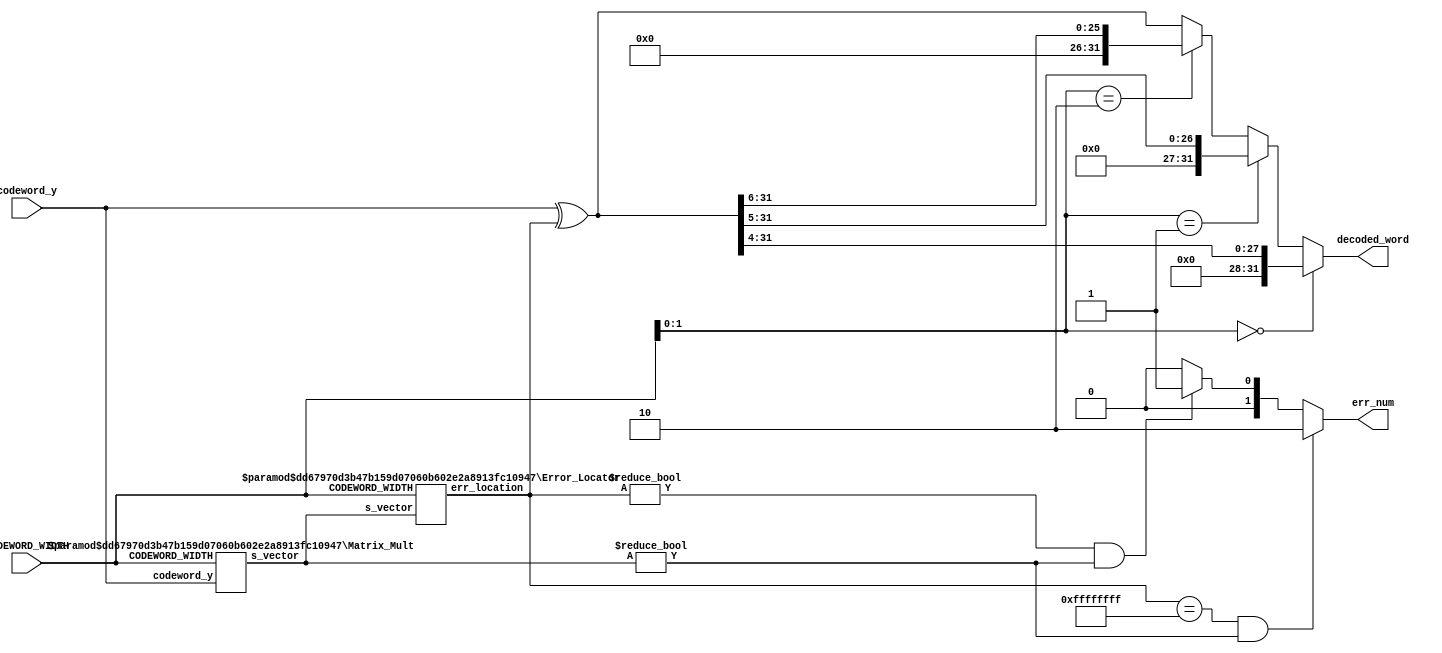
//
// Created:
//          by - OR DAHAN & YOSSI BODEK
//
// time scaling for simulations
//
//this block recives a an encoded word and finds out how many errors it has and also sends out the decoded data meaning the original word sent

`resetall
`timescale 1ns/10ps
module DECODER
#(
parameter DATA_WIDTH = 32,
parameter AMBA_WORD = 32
) 
(
input  wire [DATA_WIDTH - 1 :0] codeword_y, // the word to multiply by the matrix
input wire [AMBA_WORD-1:0] CODEWORD_WIDTH,
output reg [1 :0]err_num,     // number of errors
output reg [DATA_WIDTH - 1 :0] decoded_word // the decoded word with zeros til DATA_SIZE
);    
// Internal Wires
wire [DATA_WIDTH -1:0] s_vector; // the result of the matrix multiplaction 
wire [DATA_WIDTH -1:0] err_location; // 1 where the error is located
wire [DATA_WIDTH -1:0] i_decoded_word; // internal wire for the decoded word
//instances
Matrix_Mult  #(.DATA_WIDTH(DATA_WIDTH),.AMBA_WORD(AMBA_WORD)) MM //returns the s vector
(
.CODEWORD_WIDTH(CODEWORD_WIDTH),
.codeword_y (codeword_y), 
.s_vector (s_vector) 
);
Error_Locator  #(.DATA_WIDTH(DATA_WIDTH),.AMBA_WORD(AMBA_WORD)) EL //returns the error location
(
.CODEWORD_WIDTH(CODEWORD_WIDTH),
.s_vector (s_vector), 
.err_location (err_location) 
);
// fixing the error found in encoded word
assign i_decoded_word = codeword_y^err_location;
// padding with zeros the decoded word and assigning the correct decoded word
always @(*) begin:decodedwordlabel
  if (CODEWORD_WIDTH[1:0] == 2'b00)
  decoded_word={4'b0000,i_decoded_word[DATA_WIDTH-1:4]};
  else if (CODEWORD_WIDTH[1:0] == 2'b01)
  decoded_word={5'b00000,i_decoded_word[DATA_WIDTH-1:5]};
  else if (CODEWORD_WIDTH[1:0] == 2'b10)
  decoded_word={6'b000000,i_decoded_word[DATA_WIDTH-1:6]};
  else 
  decoded_word=i_decoded_word; 
end

// num of error detection
always @(*) begin : err_number
  if(err_location ==32'b11111111111111111111111111111111 && s_vector!=0)  //TWO ERRORS
  err_num = 2'b10;
  else if(err_location !=0 && s_vector!=0)  //ONE ERROR
  err_num = 2'b01;
  else                                     // NO ERROR
  err_num = 2'b00;
end

endmodule



//-------------------------------------------------------------------------------
//Matrix Multiplayer to get the s vector
module Matrix_Mult
#(
parameter DATA_WIDTH = 32,
parameter AMBA_WORD = 32
)                
(
input wire [AMBA_WORD-1:0] CODEWORD_WIDTH,
input  wire [DATA_WIDTH - 1 :0]codeword_y, // the word to multiply by the matrix
output reg [DATA_WIDTH -1:0]s_vector // the s vector after matrix multiplication
);
// define the matrices
parameter  [7:0]H1_0 = 8'b11111111 ; // H1 matrix for the size of info 4 bit
parameter  [7:0]H1_1 = 8'b11100100 ; // second line
parameter  [7:0]H1_2 = 8'b11010010 ; // third line
parameter  [7:0]H1_3 = 8'b10110001 ; // etc

parameter  [15:0]H2_0 = 16'b1111111111111111 ; // H2 matrix for the size of info 11 bit
parameter  [15:0]H2_1 = 16'b1111111000001000 ;  
parameter  [15:0]H2_2 = 16'b1111000111000100 ; 
parameter  [15:0]H2_3 = 16'b1100110110100010 ; 
parameter  [15:0]H2_4 = 16'b1010101101100001 ; 

parameter  [31:0]H3_0 = 32'b11111111111111111111111111111111 ;  // H3 matrix for the size of info 26 bit
parameter  [31:0]H3_1 = 32'b11111111111111100000000000010000 ;
parameter  [31:0]H3_2 = 32'b11111111000000011111110000001000 ;
parameter  [31:0]H3_3 = 32'b11110000111100011110001110000100 ; 
parameter  [31:0]H3_4 = 32'b11001100110011011001101101000010 ; 
parameter  [31:0]H3_5 = 32'b10101010101010110101011011000001 ;   
// Internal Wires
wire [3:0] s_vector_1; // the s vector for 4 bit info wave
wire [4:0] s_vector_2; // for 11 bit info wave
wire [5:0] s_vector_3; // for 26 bit info wave
//  assignd the s vector  
generate // we use generate to create less hardwate
  // and is like doing multiplcation and xor is like adding or substractin betwwen the diffrenet results
        assign s_vector_1[3] = ^(codeword_y & H1_0);  // s vector for Data width 32,16,8
        assign s_vector_1[2] = ^(codeword_y & H1_1);
        assign s_vector_1[1] = ^(codeword_y & H1_2);
        assign s_vector_1[0] = ^(codeword_y & H1_3); 
    if (DATA_WIDTH==16 || DATA_WIDTH==32) begin       // s vector for Data width 32,16
        assign s_vector_2[4] = ^(codeword_y & H2_0);
        assign s_vector_2[3] = ^(codeword_y & H2_1);
        assign s_vector_2[2] = ^(codeword_y & H2_2);
        assign s_vector_2[1] = ^(codeword_y & H2_3);
        assign s_vector_2[0] = ^(codeword_y & H2_4);
    end
     if (DATA_WIDTH == 32) begin                      // s vector for Data width 32
        assign s_vector_3[5] = ^(codeword_y & H3_0);
        assign s_vector_3[4] = ^(codeword_y & H3_1);
        assign s_vector_3[3] = ^(codeword_y & H3_2);
        assign s_vector_3[2] = ^(codeword_y & H3_3);
        assign s_vector_3[1] = ^(codeword_y & H3_4);
        assign s_vector_3[0] = ^(codeword_y & H3_5);
    end   
endgenerate
// zero padding s vector
always@(*) begin :labelfornoreason
        if (DATA_WIDTH == 8)
        s_vector = {4'b0,s_vector_1};       
      else if (DATA_WIDTH == 16)
      begin 
        if (CODEWORD_WIDTH == 'd0) 
        s_vector = {12'b0,s_vector_1};  //padding with 0 till 16 bits
        else
        s_vector = {11'b0,s_vector_2};  
      end    
      else if (DATA_WIDTH == 32) 
      begin    //padding with 0 till 32 bits
      if (CODEWORD_WIDTH == 'd0) 
        s_vector = {28'b0,s_vector_1};
      else if (CODEWORD_WIDTH == 'd1) 
        s_vector = {27'b0,s_vector_2};
      else
        s_vector = {26'b0,s_vector_3};  
      end
  end
endmodule
//--------------------------------------------------------------------------------------------------------------
//Error locator module
module Error_Locator
#(
parameter DATA_WIDTH = 32,
parameter AMBA_WORD = 32
)
(
input wire [AMBA_WORD-1:0] CODEWORD_WIDTH,
input wire [DATA_WIDTH-1:0]s_vector, // the s vector after matrix multiplication
output reg [DATA_WIDTH -1:0] err_location // a vector that has 1 on the location of the error if there is not error its 0 if there is more that one error its x
);
//needs only 2 zero padding param because on the third we dont need to pad
localparam [DATA_WIDTH -1-8:0]zeropad ='b0;
localparam [DATA_WIDTH -1-16:0] zeropad2='b0;


always @(*) begin: Decoding_location
  if(CODEWORD_WIDTH[1:0] == 2'b00)
    begin
      case(s_vector[3:0])   //LSB is always 1
          4'b0000:  err_location =   32'b00000000000000000000000000000000;//no error
          4'b1000:  err_location =   32'b00000000000000000000000000000001;//error in parity bits
          4'b1001:  err_location =   32'b00000000000000000000000000000010;// eror in the second parity
          4'b1010:  err_location =   32'b00000000000000000000000000000100;//error in the third parity
          4'b1100:  err_location =   32'b00000000000000000000000000001000; // etc
          4'b1011:  err_location =   {zeropad,8'b00010000};   // mistake in first bit
          4'b1101:  err_location =   {zeropad,8'b00100000};   // mistake in second bit
          4'b1110:  err_location =   {zeropad,8'b01000000};    // mistake in 3 bit
          4'b1111:  err_location =   {zeropad,8'b10000000};    // mistake in 4 bit
         default:err_location =  32'b11111111111111111111111111111111; // 2 errors
      endcase
    end
 
  else if(CODEWORD_WIDTH[1:0] == 2'b01)
    begin
    case(s_vector[4:0])   // LSB is always 1
       5'b00000:  err_location =   32'b00000000000000000000000000000000;// no error
       5'b10001:  err_location =  32'b00000000000000000000000000000001;//error in the first parity
      5'b10010:  err_location =   32'b00000000000000000000000000000010;//etc
      5'b10100:  err_location =   32'b00000000000000000000000000000100; 
      5'b11000:  err_location =   32'b00000000000000000000000000001000;
      5'b10000:  err_location =   32'b00000000000000000000000000010000; 
      5'b10011:  err_location = {zeropad2,16'b0000000000100000};    //mistake in 1 bit
      5'b10101:  err_location = {zeropad2,16'b0000000001000000};    //mistake in 2 bit
      5'b10110:  err_location = {zeropad2,16'b0000000010000000};    //mistake in 3 bit
      5'b10111:  err_location = {zeropad2,16'b0000000100000000};    //mistake in  4 bit
      5'b11001:  err_location = {zeropad2,16'b0000001000000000};    // mistake in 5 bit
      5'b11010:  err_location = {zeropad2,16'b0000010000000000};    // mistake in 6 bit
      5'b11011:  err_location = {zeropad2,16'b0000100000000000};    // mistake in 7 bit
      5'b11100:  err_location = {zeropad2,16'b0001000000000000};    // mistake in 8 bit
      5'b11101:  err_location = {zeropad2,16'b0010000000000000};    // mistake in 9 bit
      5'b11110:  err_location = {zeropad2,16'b0100000000000000};    // mistake in 10 bit
      5'b11111:  err_location = {zeropad2,16'b1000000000000000};    // mistake in 11 bit
    default:err_location =  32'b11111111111111111111111111111111;     // 2 errors
     endcase   

    end
  else if(CODEWORD_WIDTH[1:0] == 2'b10)
    begin
    case(s_vector[5:0]) // LSB is always 1
    // parity
        6'b000000:  err_location =   32'b00000000000000000000000000000000; // no error
        6'b100001:  err_location =  32'b00000000000000000000000000000001; //error in the first pairity 
        6'b100010:  err_location =  32'b00000000000000000000000000000010;//etc
        6'b100100:  err_location =  32'b00000000000000000000000000000100;
        6'b101000:  err_location =  32'b00000000000000000000000000001000;
        6'b110000:  err_location =  32'b00000000000000000000000000010000;
        6'b100000:  err_location =  32'b0000000000000000000000000010000;
     //error in codeword   
        6'b100011:  err_location = 32'b00000000000000000000000001000000;// error in first info bit
        6'b100101:  err_location = 32'b00000000000000000000000010000000; // error in the second info bit
        6'b100110:  err_location = 32'b00000000000000000000000100000000; // etc
        6'b100111:  err_location = 32'b00000000000000000000001000000000;
        6'b101001:  err_location = 32'b00000000000000000000010000000000;
        6'b101010:  err_location = 32'b00000000000000000000100000000000;
        6'b101011:  err_location = 32'b00000000000000000001000000000000;
        6'b101100:  err_location = 32'b00000000000000000010000000000000;
        6'b101101:  err_location = 32'b00000000000000000100000000000000;
        6'b101110:  err_location = 32'b00000000000000001000000000000000;
        6'b101111:  err_location = 32'b00000000000000010000000000000000;
        6'b110001:  err_location = 32'b00000000000000100000000000000000; 
        6'b110010:  err_location = 32'b00000000000001000000000000000000;
        6'b110011:  err_location = 32'b00000000000010000000000000000000;
        6'b110100:  err_location = 32'b00000000000100000000000000000000;
        6'b110101:  err_location = 32'b00000000001000000000000000000000; 
        6'b110110:  err_location = 32'b00000000010000000000000000000000; 
        6'b110111:  err_location = 32'b00000000100000000000000000000000;
        6'b111000:  err_location = 32'b00000001000000000000000000000000; 
        6'b111001:  err_location = 32'b00000010000000000000000000000000;
        6'b111010:  err_location = 32'b00000100000000000000000000000000; 
        6'b111011:  err_location = 32'b00001000000000000000000000000000; 
        6'b111100:  err_location = 32'b00010000000000000000000000000000;
        6'b111101:  err_location = 32'b00100000000000000000000000000000; 
        6'b111110:  err_location = 32'b01000000000000000000000000000000; 
        6'b111111:  err_location = 32'b10000000000000000000000000000000;
        default:   err_location = 32'b11111111111111111111111111111111; // two errors
      endcase 
          
    end  
   else
        err_location =  32'bxxxxxxxxxxxxxxxxxxxxxxxxxxxxxxxx; // if we use an unsupported data size we do X propogation  
     
end
endmodule